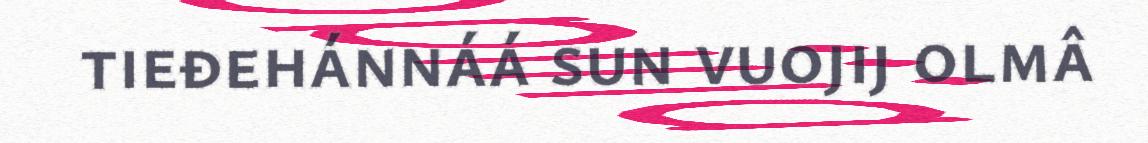
tieđehánnáá sun vuojij olmâ